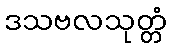
ဒသဗလသုတ္တံ